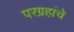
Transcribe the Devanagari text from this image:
परग्रहांचे